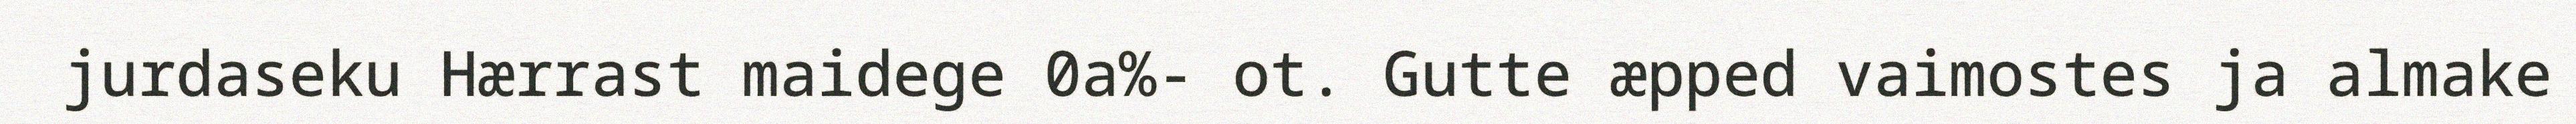
jurdaseku Hærrast maidege 0a%- ot. Gutte æpped vaimostes ja almake